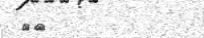
٤٦